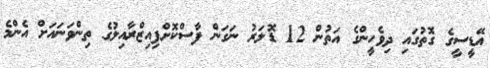
އޭޑީސީގެ ގޮތުގައި ދިވެހީންގެ އަތުން 12 ޑޮލަރު ނަގަން ފާސްކޮށްފިއިޒްރާއިލުގެ ތިންވަނައަށް އެންމެ